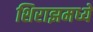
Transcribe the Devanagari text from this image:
शिराझमध्ये